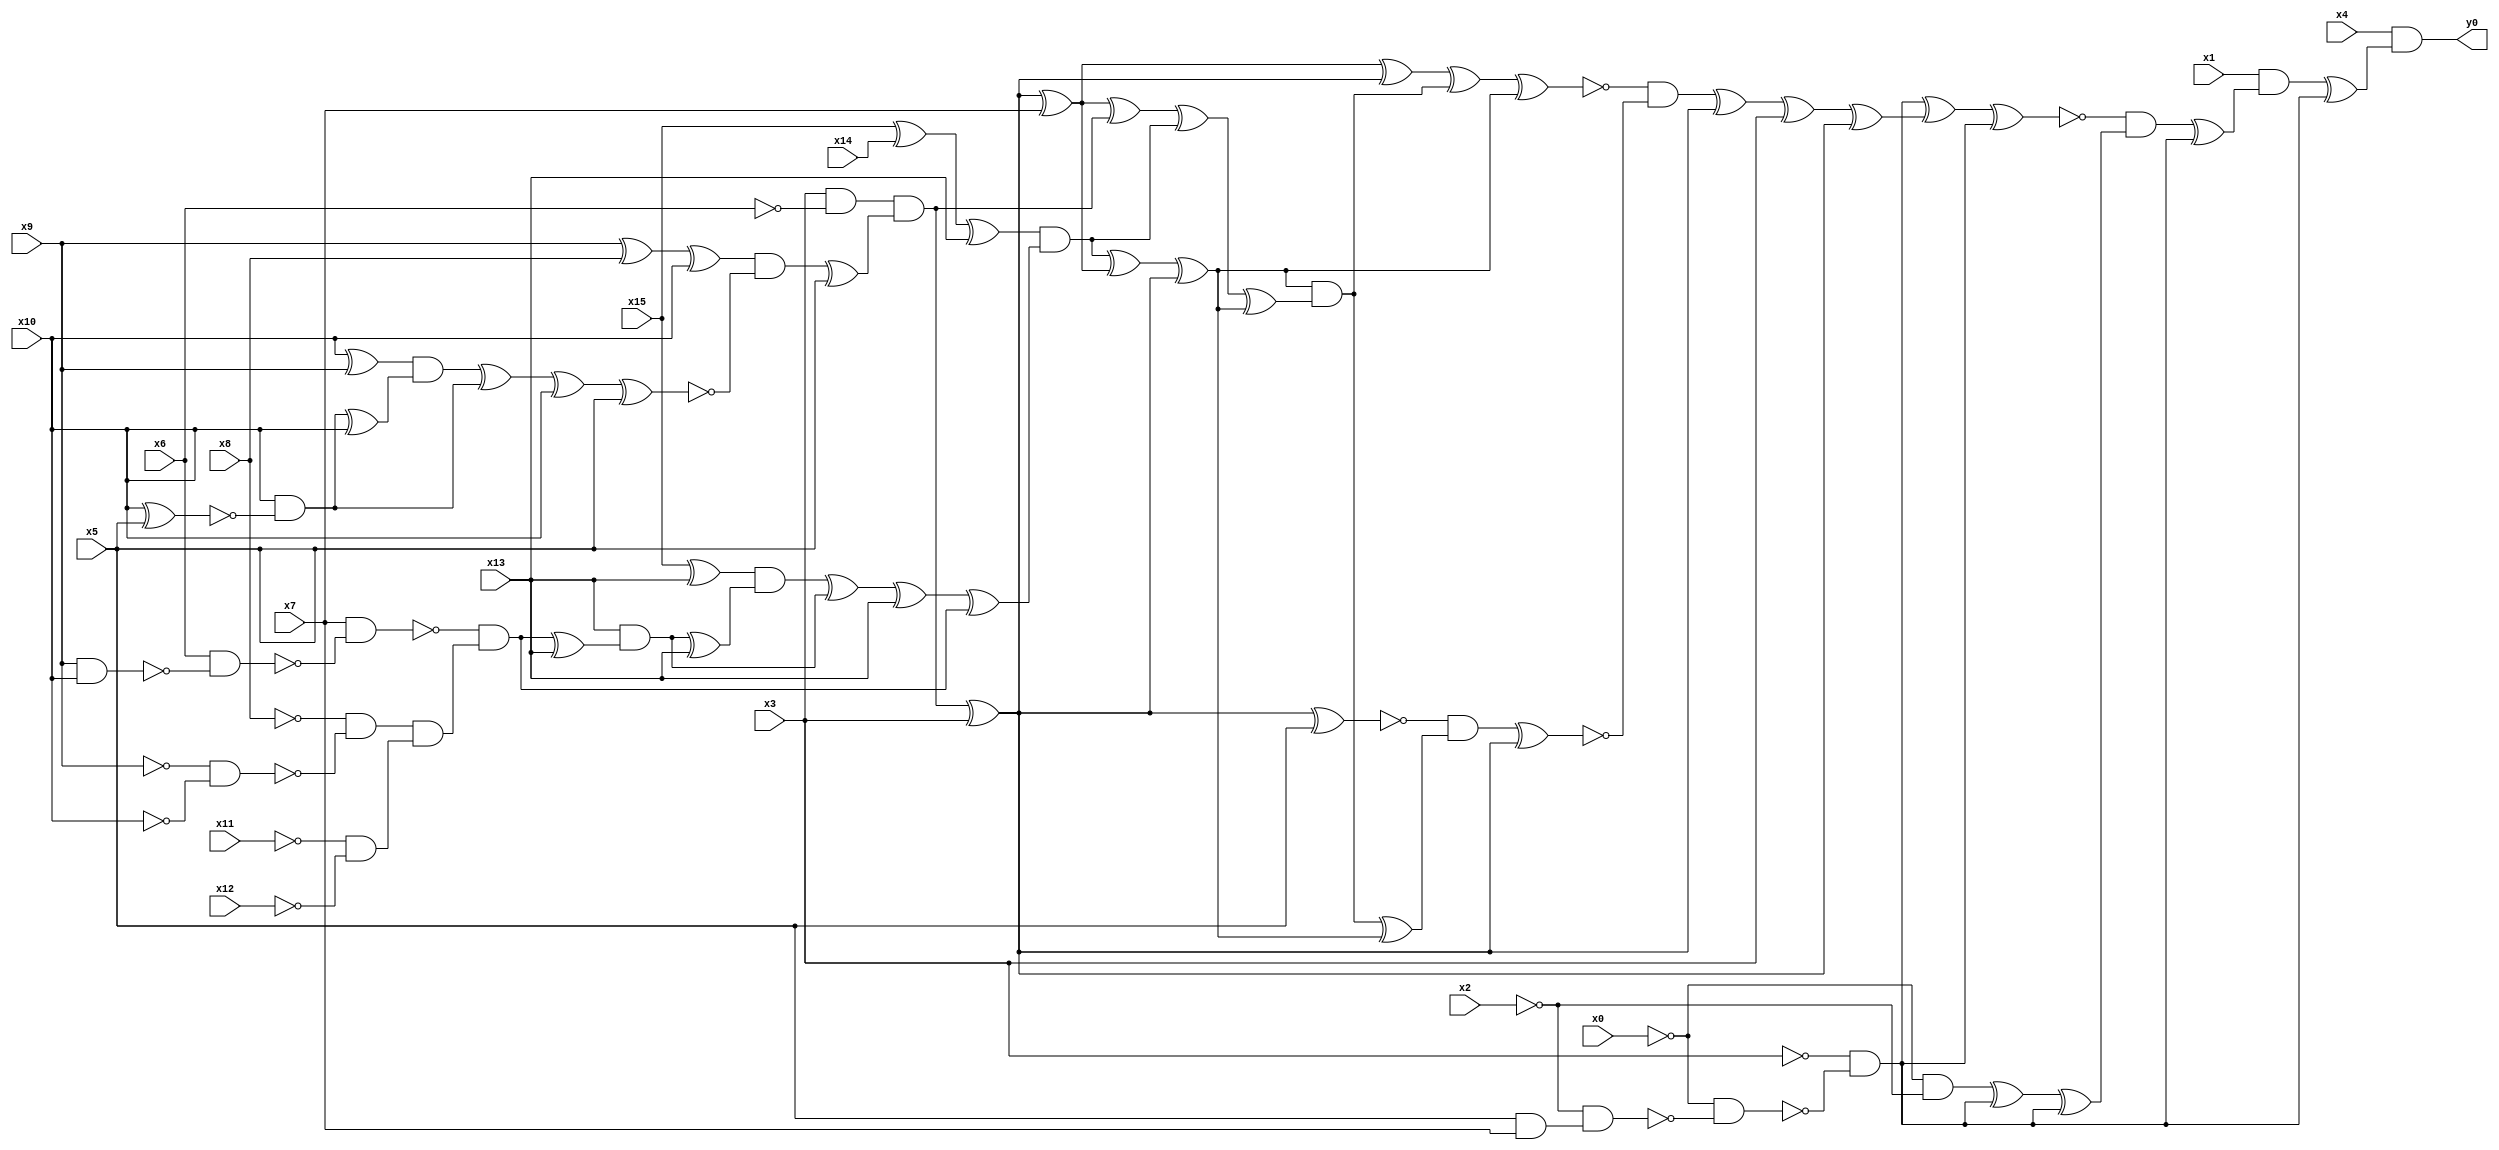
module top( x0 , x1 , x2 , x3 , x4 , x5 , x6 , x7 , x8 , x9 , x10 , x11 , x12 , x13 , x14 , x15 , y0 );
  input x0 , x1 , x2 , x3 , x4 , x5 , x6 , x7 , x8 , x9 , x10 , x11 , x12 , x13 , x14 , x15 ;
  output y0 ;
  wire n17 , n18 , n19 , n20 , n21 , n22 , n23 , n24 , n25 , n26 , n27 , n28 , n29 , n30 , n31 , n32 , n33 , n34 , n35 , n36 , n37 , n38 , n39 , n40 , n41 , n42 , n43 , n44 , n45 , n46 , n47 , n48 , n49 , n50 , n51 , n52 , n53 , n54 , n55 , n56 , n57 , n58 , n59 , n60 , n61 , n62 , n63 , n64 , n65 , n66 , n67 , n68 , n69 , n70 , n71 , n72 , n73 , n74 , n75 , n76 , n77 , n78 , n79 , n80 , n81 , n82 ;
  assign n69 = x5 & x7 ;
  assign n70 = ~x2 & n69 ;
  assign n71 = ~x0 & ~n70 ;
  assign n72 = ~x3 & ~n71 ;
  assign n17 = x3 & ~x6 ;
  assign n18 = x9 ^ x8 ;
  assign n19 = n18 ^ x10 ;
  assign n20 = x10 ^ x9 ;
  assign n21 = x10 ^ x5 ;
  assign n22 = x10 & ~n21 ;
  assign n23 = n22 ^ x10 ;
  assign n24 = n20 & n23 ;
  assign n25 = n24 ^ n22 ;
  assign n26 = n25 ^ x10 ;
  assign n27 = n26 ^ x5 ;
  assign n28 = n19 & ~n27 ;
  assign n29 = n28 ^ x5 ;
  assign n30 = n17 & n29 ;
  assign n31 = n30 ^ x3 ;
  assign n32 = n31 ^ x7 ;
  assign n58 = n32 ^ n31 ;
  assign n33 = x15 ^ x14 ;
  assign n34 = n33 ^ x13 ;
  assign n35 = x15 ^ x13 ;
  assign n36 = x9 & x10 ;
  assign n37 = x6 & ~n36 ;
  assign n38 = x7 & ~n37 ;
  assign n39 = ~x9 & ~x10 ;
  assign n40 = ~x8 & ~n39 ;
  assign n41 = ~x11 & ~x12 ;
  assign n42 = n40 & n41 ;
  assign n43 = ~n38 & n42 ;
  assign n44 = n43 ^ x13 ;
  assign n45 = x13 & n44 ;
  assign n46 = n45 ^ x13 ;
  assign n47 = n35 & n46 ;
  assign n48 = n47 ^ n45 ;
  assign n49 = n48 ^ x13 ;
  assign n50 = n49 ^ n43 ;
  assign n51 = n34 & n50 ;
  assign n52 = n51 ^ n32 ;
  assign n53 = n52 ^ n31 ;
  assign n54 = n32 ^ n30 ;
  assign n55 = n54 ^ n51 ;
  assign n56 = n55 ^ n53 ;
  assign n57 = n53 & n56 ;
  assign n59 = n58 ^ n57 ;
  assign n60 = n59 ^ n53 ;
  assign n61 = n31 ^ x5 ;
  assign n62 = n57 ^ n53 ;
  assign n63 = ~n61 & n62 ;
  assign n64 = n63 ^ n31 ;
  assign n65 = ~n60 & ~n64 ;
  assign n66 = n65 ^ n31 ;
  assign n67 = n66 ^ x3 ;
  assign n68 = n67 ^ n31 ;
  assign n73 = n72 ^ n68 ;
  assign n74 = n73 ^ n72 ;
  assign n75 = ~x0 & ~x2 ;
  assign n76 = n75 ^ n72 ;
  assign n77 = n76 ^ n72 ;
  assign n78 = ~n74 & n77 ;
  assign n79 = n78 ^ n72 ;
  assign n80 = x1 & n79 ;
  assign n81 = n80 ^ n72 ;
  assign n82 = x4 & n81 ;
  assign y0 = n82 ;
endmodule